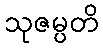
သုဇမ္ပတိ